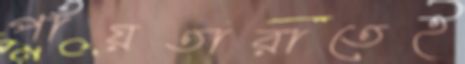
পাঁয়তারাতেই